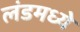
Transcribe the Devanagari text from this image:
लंडमध्ये